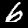
Label: 6